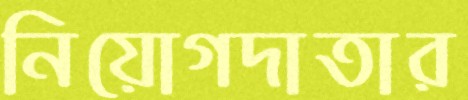
নিয়োগদাতার